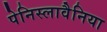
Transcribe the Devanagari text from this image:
पेनिस्लावैनिया